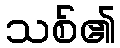
သစ်၏